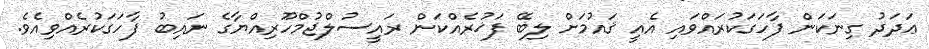
ޢަދަދު ގިނަކަން ފާހަގަކުރައްވައި އެއީ ޤައުމަށް ލިބޭ ފަޚުރެއްކަން ރައީސުލްޖުމްހޫރިއްޔާގެ ނައިބު ފާހަގަކުރެއްވިއެވެ.